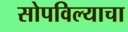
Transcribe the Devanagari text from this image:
सोपविल्याचा